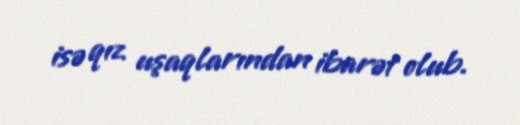
isə qız uşaqlarından ibarət olub.